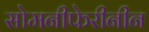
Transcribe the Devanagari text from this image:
सोमनीफेरीनीन